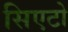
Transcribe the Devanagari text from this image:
सिएटो